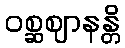
ဝစ္ဆဈာနန္တိ